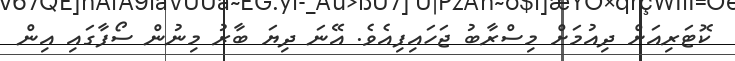
ކޮޓަރިއަށް ދިއުމަށް މިސްރާބު ޖަހައިފިއެވެ. އޭނަ ދިޔަ ބާރު މިނުން ސޯފާގައި އިން